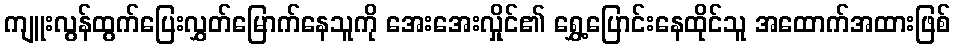
ကျူးလွန်ထွက်ပြေးလွှတ်မြောက်နေသူကို အေးအေးလှိုင်၏ ရွှေ့ပြောင်းနေထိုင်သူ အထောက်အထားဖြစ်